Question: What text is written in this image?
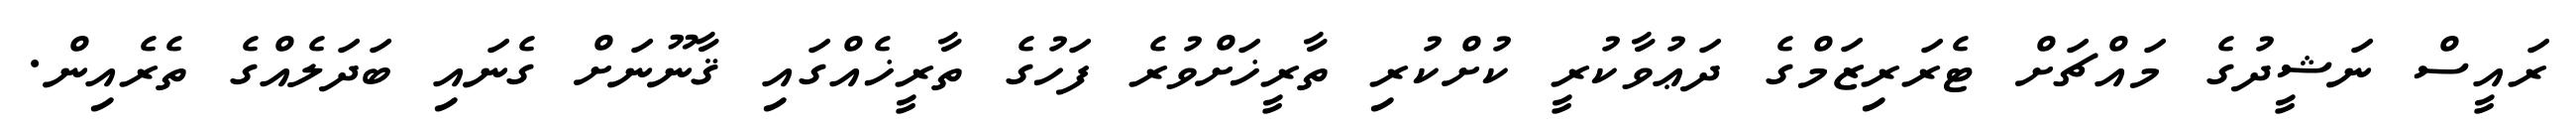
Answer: ރައީސް ނަޝީދުގެ މައްޗަށް ޓެރަރިޒަމްގެ ދަޢުވާކުރީ ކުށްކުރި ތާރީޚަށްވުރެ ފަހުގެ ތާރީޚެއްގައި ޤާނޫނަށް ގެނައި ބަދަލެއްގެ ތެރެއިން.